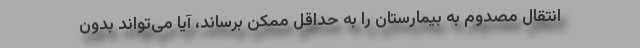
انتقال مصدوم به بیمارستان را به حداقل ممکن برساند، آیا می‌تواند بدون